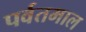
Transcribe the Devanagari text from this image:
पर्वतमाल